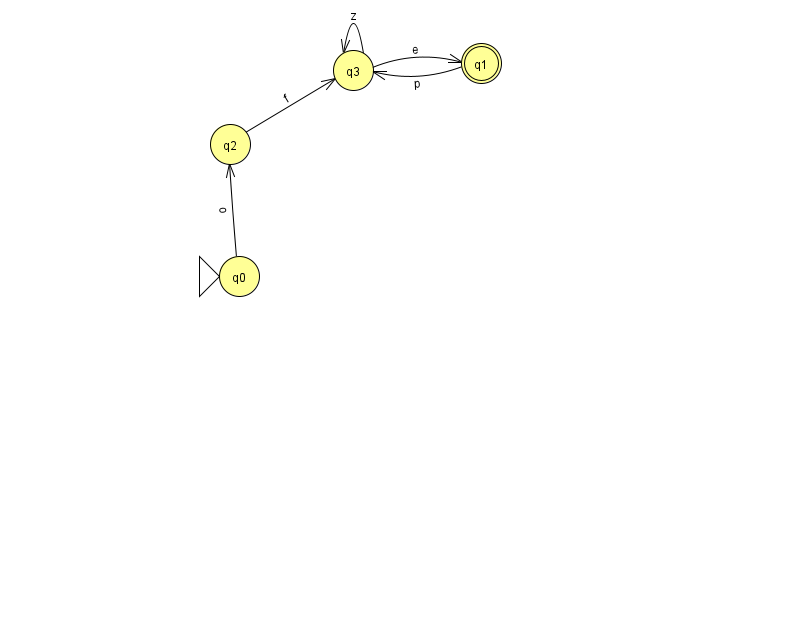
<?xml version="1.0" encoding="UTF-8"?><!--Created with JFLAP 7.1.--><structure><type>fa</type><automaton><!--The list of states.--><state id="0" name="q0"><x>239.0</x><y>263.0</y><initial/></state><state id="1" name="q1"><x>481.0</x><y>50.0</y><final/></state><state id="2" name="q2"><x>230.0</x><y>131.0</y></state><state id="3" name="q3"><x>353.0</x><y>57.0</y></state><!--The list of transitions.--><transition><from>3</from><to>1</to><read>e</read></transition><transition><from>2</from><to>3</to><read>f</read></transition><transition><from>1</from><to>3</to><read>p</read></transition><transition><from>0</from><to>2</to><read>o</read></transition><transition><from>3</from><to>3</to><read>z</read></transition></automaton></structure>